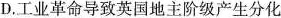
D.工业革命导致英国地主阶级产生分化